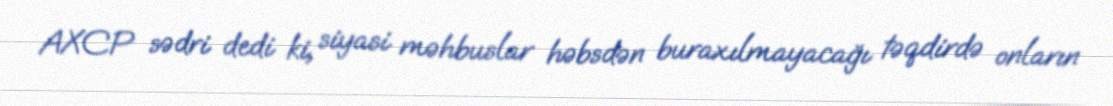
AXCP sədri dedi ki, siyasi məhbuslar həbsdən buraxılmayacağı təqdirdə onların